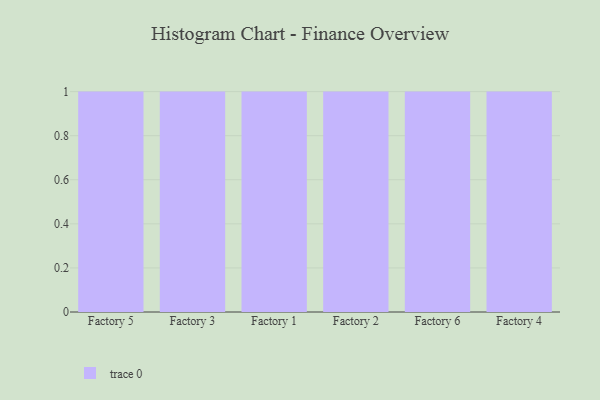
{"axis": {"x": "Factory", "y": "Market Share (%)"}, "legend": [""], "data": [{"x": "Factory 5", "y": 25, "type": ""}, {"x": "Factory 3", "y": 65, "type": ""}, {"x": "Factory 1", "y": 64, "type": ""}, {"x": "Factory 2", "y": 53, "type": ""}, {"x": "Factory 6", "y": 48, "type": ""}, {"x": "Factory 4", "y": 23, "type": ""}]}